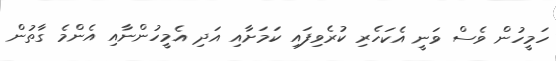
ހަމީހުން ވެސް ވަނީ އެކަހެރި ކުރެވިފައި ކަމަށާއި އަދި އެމީހުންނާއި އެންމެ ގާތުން